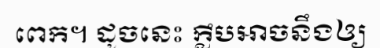
ពេក។ ដូចនេះ ក្លឹបអាចនឹងឲ្យ